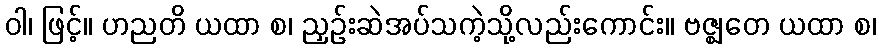
ဝါ၊ ဖြင့်။ ဟညတိ ယထာ စ၊ ညှဉ်းဆဲအပ်သကဲ့သို့လည်းကောင်း။ ဗဇ္ဈတေ ယထာ စ၊